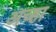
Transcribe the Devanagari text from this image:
अच्हा